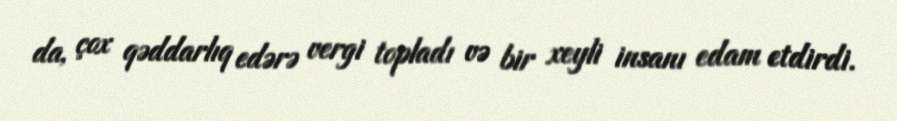
da, çox qəddarlıq edərə vergi topladı və bir xeyli insanı edam etdirdi.